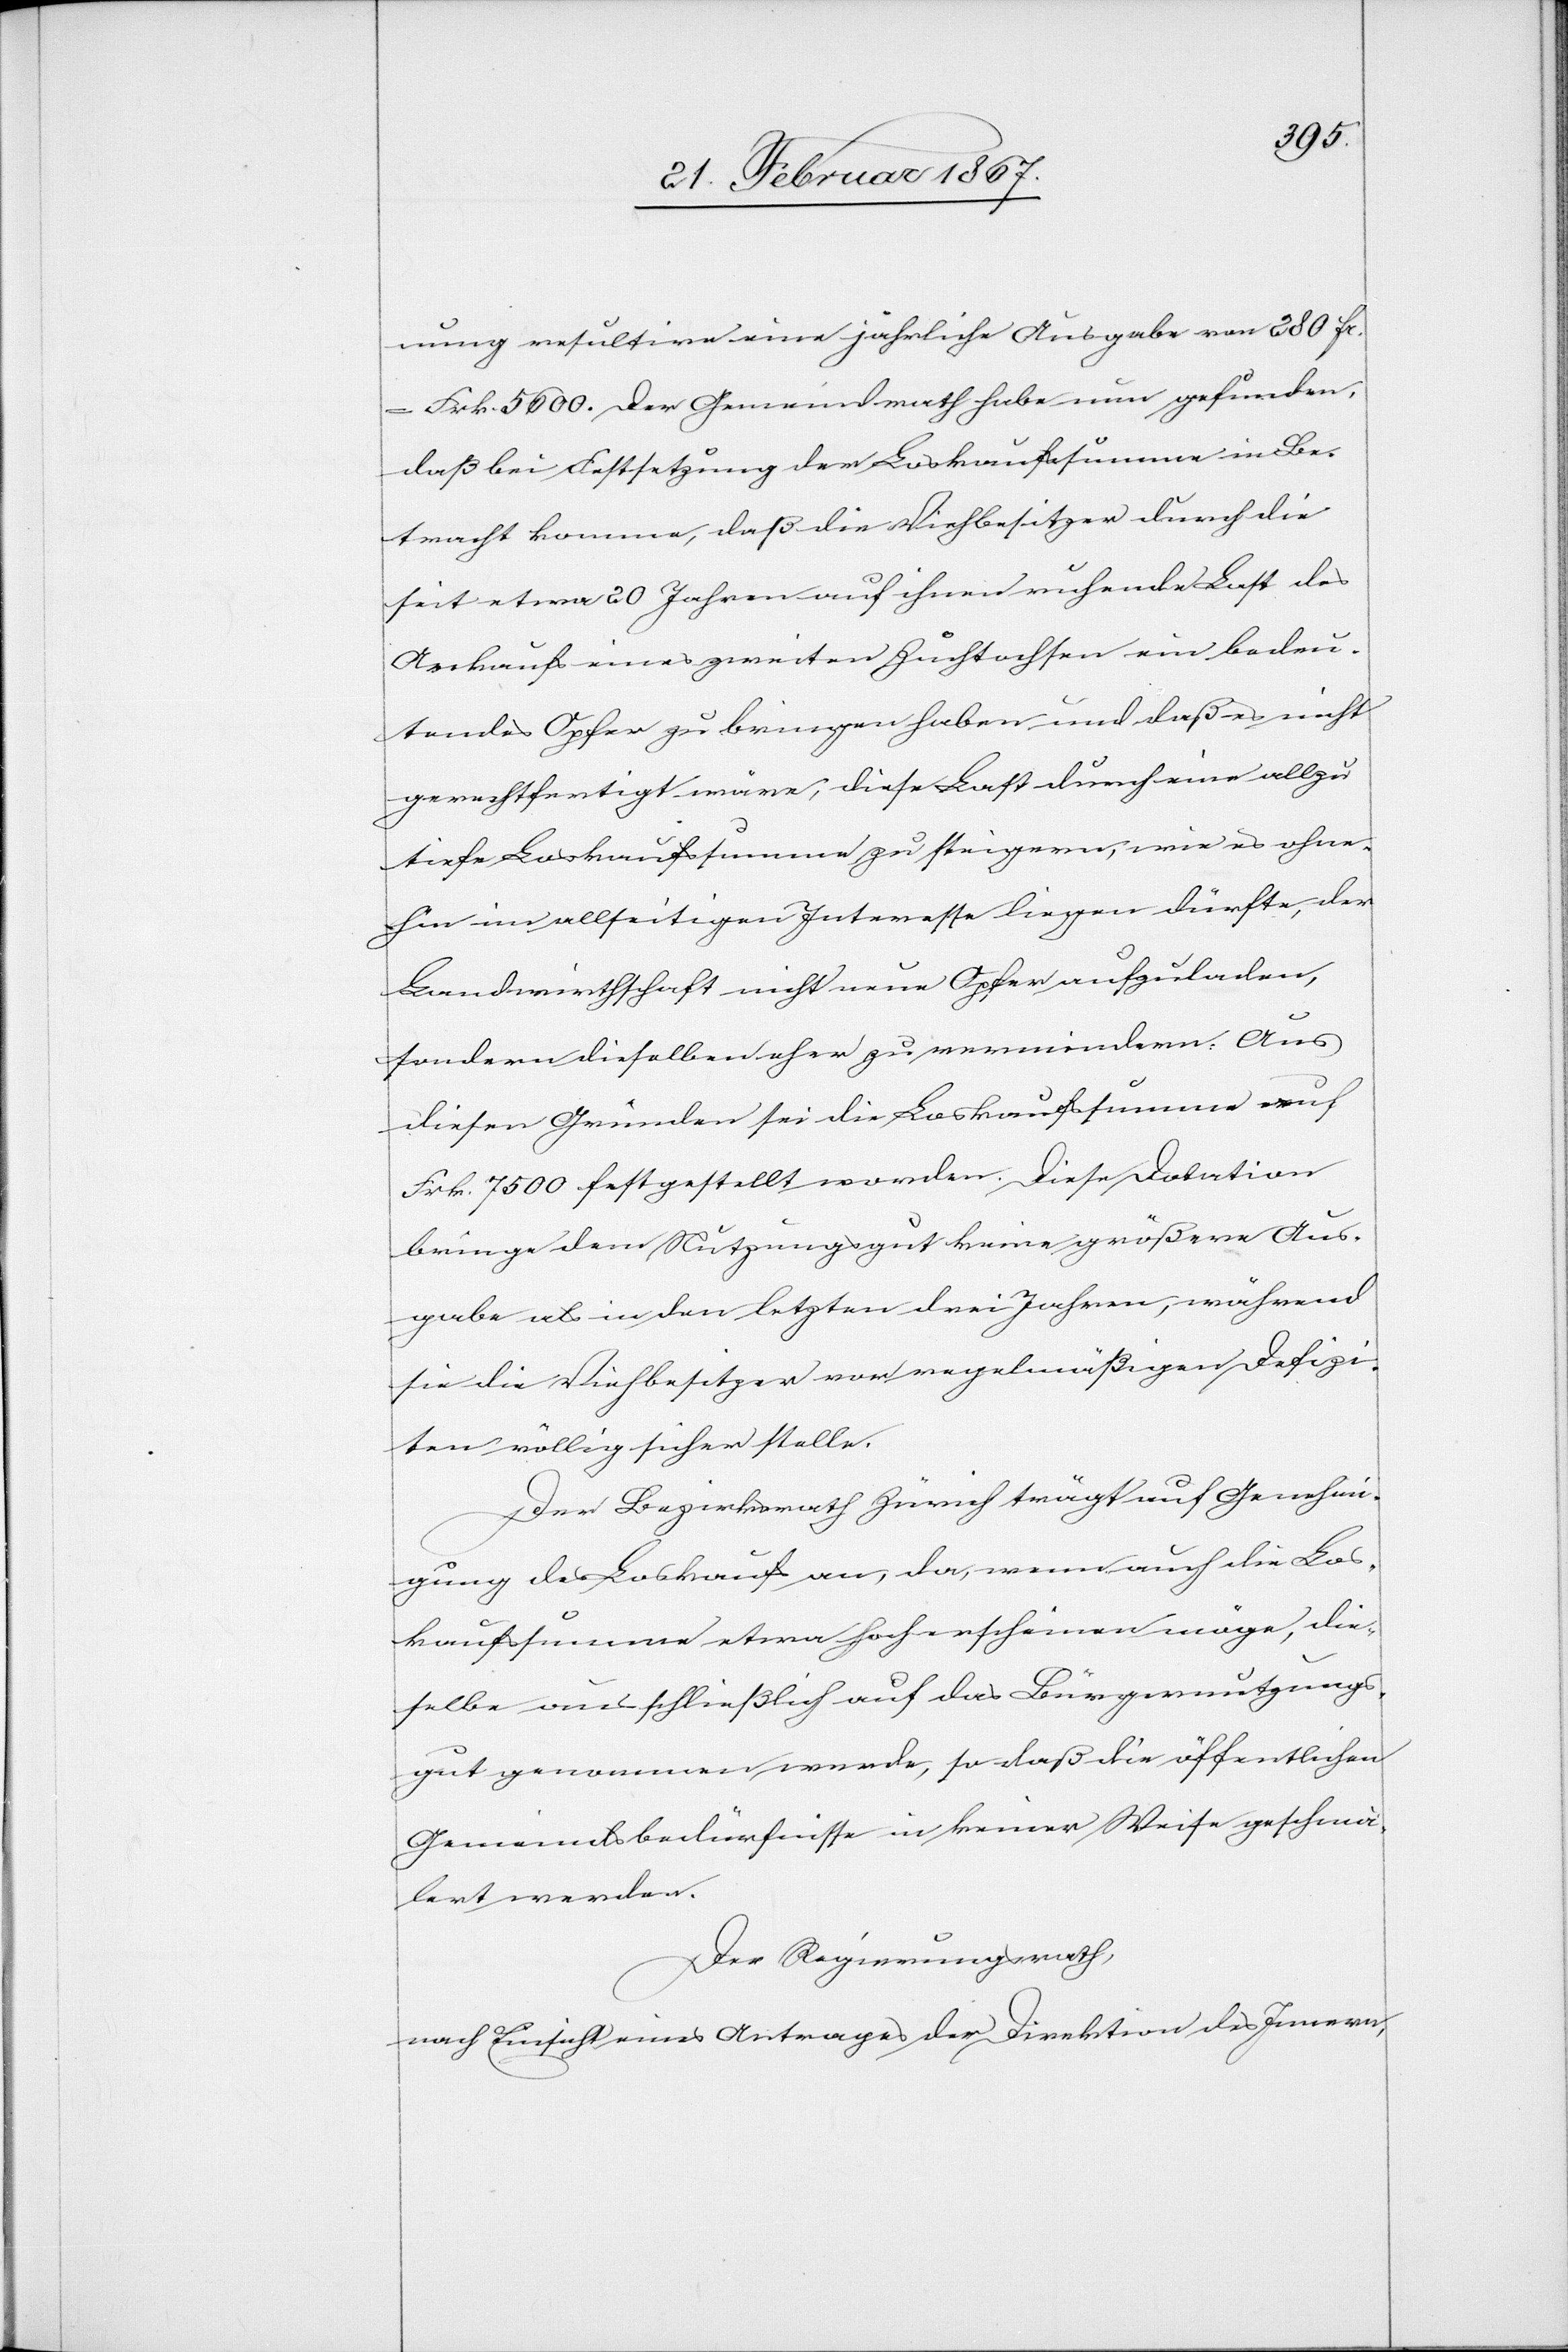
nung resultire eine jährliche Ausgabe von 280 f[l].
Frk. 5600. Der Gemeindrath habe nun gefunden,
daß bei Festsetzung der Loskaufssumme in Be¬
tracht komme, daß die Viehbesitzer durch die
seit etwa 20 Jahren auf ihnen ruhende Last des
Ankaufs eines zweiten Zuchtochsen ein bedeu¬
tendes Opfer zu bringen haben und daß es nicht
gerechtfertigt wäre, diese Last durch eine allzu
tiefe Loskaufssumme zu steigern, wie es ohne¬
hin im allseitigen Interesse liegen dürfte, der
Landwirthschaft nicht neue Opfer aufzuladen,
sondern dieselben eher zu vermindern. Aus
diesen Gründen sei die Loskaufssumme auf
Frk. 7500 festgestellt worden. Diese Dotation
bringe dem Nutzungsgut keine größere Aus¬
gabe als in den letzten drei Jahren, während
sie die Viehbesitzer vor regelmäßigen Defizi¬
ten völlig sicher stelle.
Der Bezirksrath Zürich trägt auf Genehm¬
igung des Loskaufs an, da, wenn auch die Los¬
kaufssumme etwa[s] hoch erscheinen möge, die¬
selbe ausschließlich auf das Bürgernutzungs¬
gut genommen werde, so daß die öffentlichen
Gemeindsbedürfnisse in keiner Weise geschmä¬
lert werden.
Der Regierungsrath,
nach Einsicht eines Antrages der Direktion des Innern,